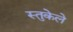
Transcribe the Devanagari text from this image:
स्तुकेले